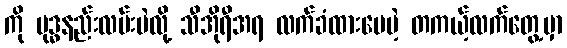
ကို ဗုဒ္ဓနည်းလမ်းပဲလို့ သီအိုရီအရ လက်ခံထားပေမဲ့ တကယ့်လက်တွေ့မှာ